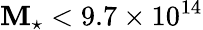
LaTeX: \mathbf{M}_{\star}<9.7\times10^{14}